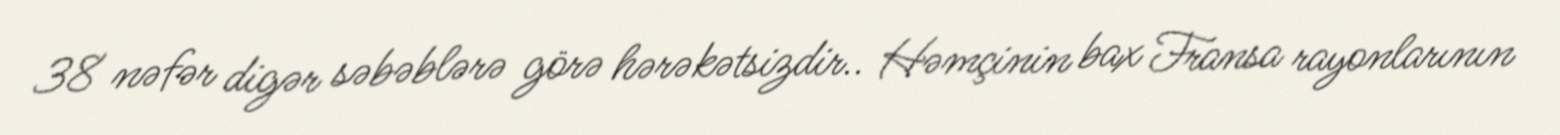
38 nəfər digər səbəblərə görə hərəkətsizdir.. Həmçinin bax Fransa rayonlarının